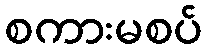
စကားမစပ်